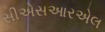
સીએસઆરએલ